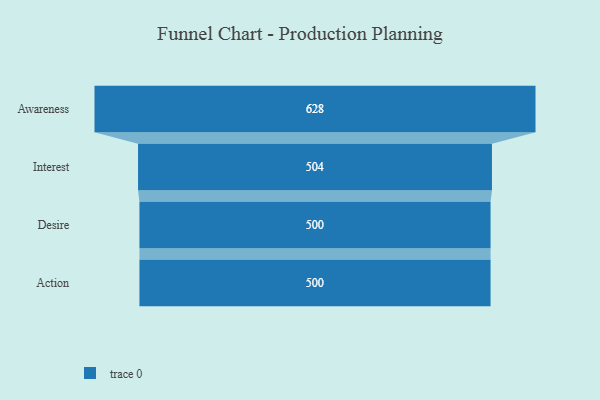
{"axis": {"x": "Stage", "y": "Value"}, "legend": [""], "data": [{"x": "Awareness", "y": 628.0, "type": ""}, {"x": "Interest", "y": 504.0, "type": ""}, {"x": "Desire", "y": 500, "type": ""}, {"x": "Action", "y": 500, "type": ""}]}